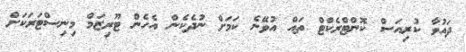
ދައުވާ ކުރިއަސް ކޮންޓްރެކްޓް ތައް އުވޭނެ ކަމަށް ނުދެކެން އެހެން ޓޫރިޒަމް މިނިސްޓަރަކަށް